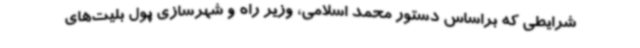
شرایطی که براساس دستور محمد اسلامی، وزیر راه و شهرسازی پول بلیت‌های